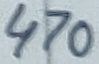
Text: 470